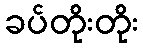
ခပ်တိုးတိုး